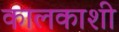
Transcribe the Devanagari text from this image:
कालकाशी